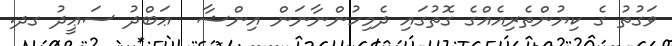
ވަގުތު ގެ ކިޔުންތެރިއެއްގެ ގޮތުގައި ދެމިހުންނާނަން އިންޝާ  ޢަބްދު ސަޢީދު ގދ.